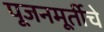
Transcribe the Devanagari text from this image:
पूजनमूर्तीचे